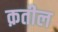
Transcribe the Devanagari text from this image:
क़तील